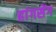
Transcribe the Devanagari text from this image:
हांगसेंग